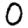
Digit: 0